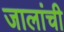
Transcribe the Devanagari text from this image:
जालांची